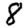
Digit: 8